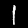
Digit: 1